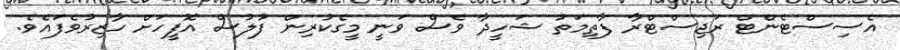
އެސިސްޓެންޓް ރަޖިސްޓްރާ ފާތިމަތު ޝަހީދާ ވެސް ވަނީ މީގެކުރިން ފުލުސް އޮފީހަށް ހާޒިރުވެފައެވެ.